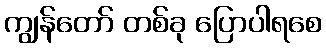
ကျွန်တော် တစ်ခု ပြောပါရစေ